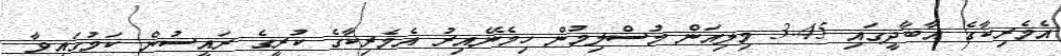
އެމެރިކާގެ އާބާދީގައި 3.45 މިލިއަން މުސްލިމުން ހިމެނޭއިރު އެމެރިކާގެ ކުރީގެ ރައީސުން ކަމުގައިވާ